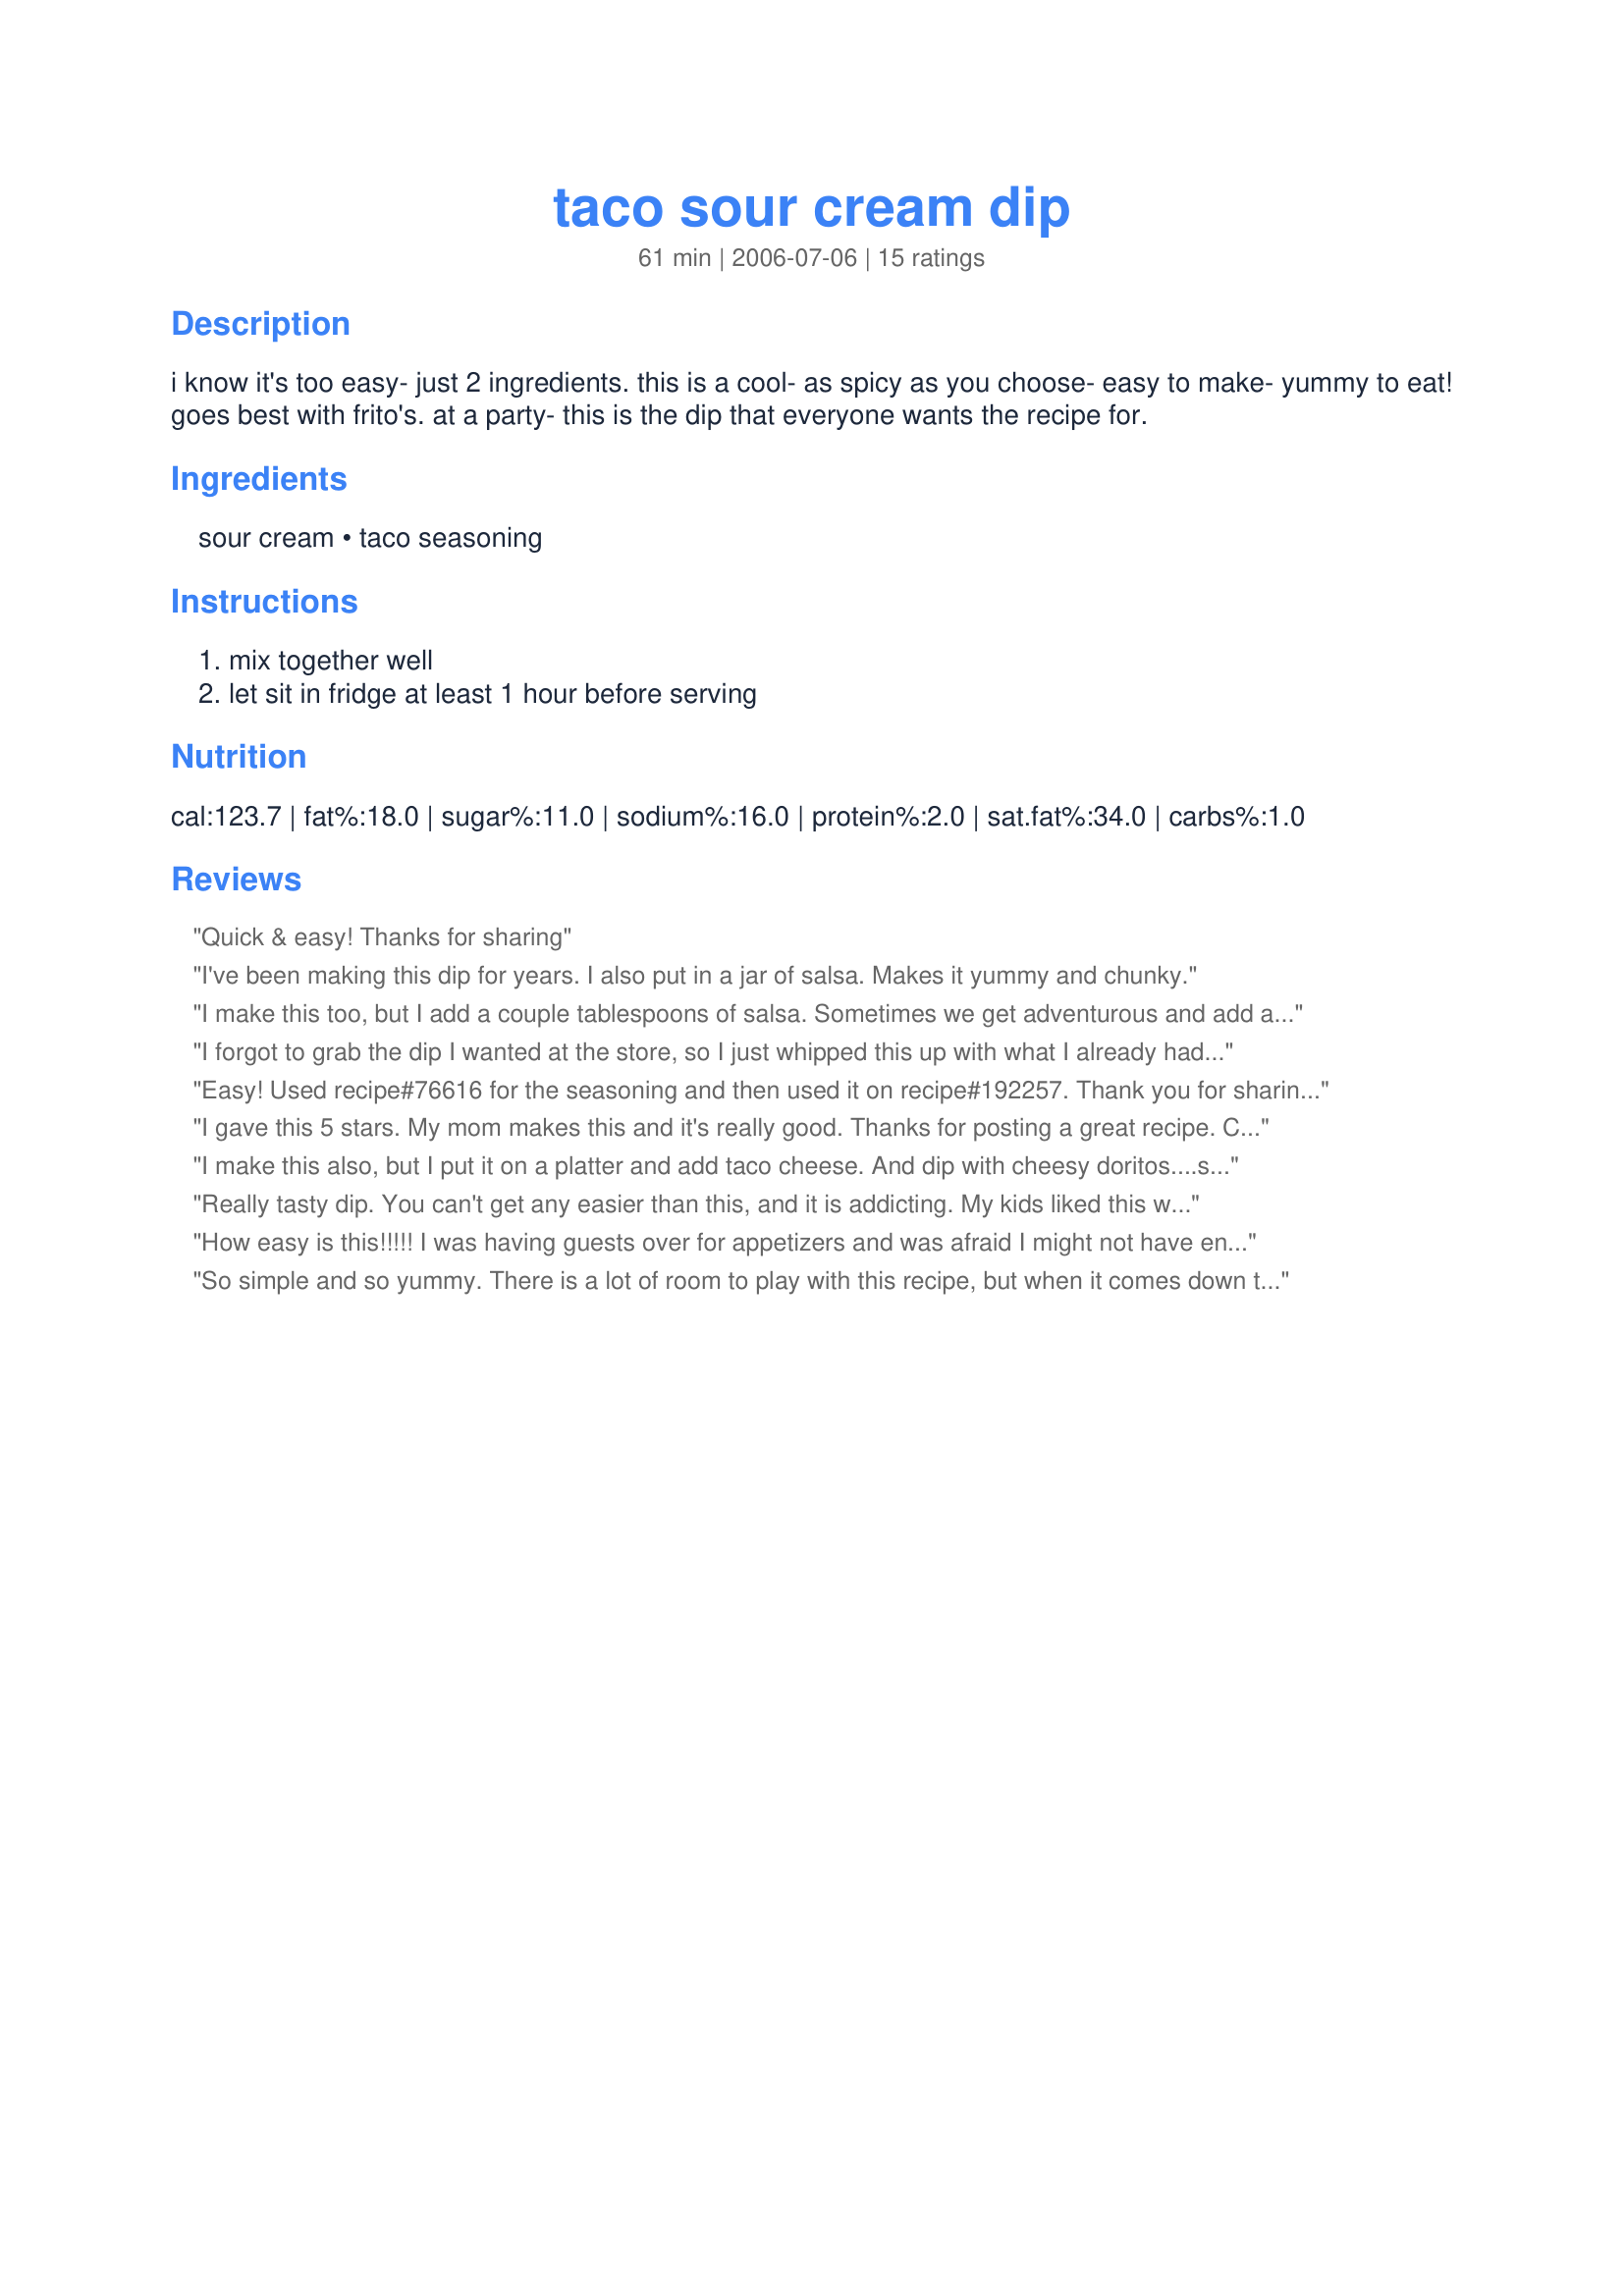
taco sour cream dip
Preparation time: 61 minutes

i know it's too easy- just 2 ingredients. this is a cool- as spicy as you choose- easy to make- yummy to eat! goes best with frito's. at a party- this is the dip that everyone wants the recipe for.

Ingredients:
sour cream, taco seasoning

Steps:
mix together well, let sit in fridge at least 1 hour before serving

Reviews:
Quick & easy! Thanks for sharing
I've been making this dip for years. I also put in a jar of salsa. Makes it yummy and chunky.
I make this too, but I add a couple tablespoons of salsa. Sometimes we get adventurous and add a tablespoon of refried beans and a couple pinches of shredded cheddar cheese. YUM. It's always a hit at our parties too!
I forgot to grab the dip I wanted at the store, so I just whipped this up with what I already had at home and it was GREAT. Had it with tortilla chips and can't wait to try it on tacos!!
Easy! Used recipe#76616 for the seasoning and then used it on recipe#192257. Thank you for sharing! Made this for Spring PAC 09.
I gave this 5 stars. My mom makes this and it's really good. Thanks for posting a great recipe. Christine (internetnut)
I make this also, but I put it on a platter and add taco cheese. And dip with cheesy doritos....so addicting and delicious
Really tasty dip. You can't get any easier than this, and it is addicting. My kids liked this with the Fritos and I liked this with Ruffles. It reminds me of a "Southwestern Ranch" vegetable dip that my grocer used to carry, but I haven't been able to find for a couple of years. I will definitely be making this again, it's just too easy not to! Thanks for sharing, didyb.
How easy is this!!!!! I was having guests over for appetizers and was afraid I might not have enough. So this definitely fit the bill since I already had sour cream and Taco seasoning on hand. Threw it together, and in a few hours my guests arrived. They loved it and were impressed how easy it was and that I threw it together a few hours earlier. Thanks for sharing this, didyb!!!!
So simple and so yummy. There is a lot of room to play with this recipe, but when it comes down to it, this holds up well on its own.
I love this on tacos! So yummy.
So easy and tasty!!! I actually ate it with turkey slices (I am doing the low carb thing) Delicious!!!!!
I know this dip! De-lish! My favorite is to use it as a base layer then add diced lettuce, tomato and shredded cheddar on top. It&#039;s a great cool summer dip. Also, I have made the dip and diced tomato and green chiles in it and use it on home made cheese fries, a cool alternative to ranch dressing.
Great easy no-fail recipe. It's been requested I bring it to practically every family gathering. I don't dare reveal how easy it is!
Excellent, easy, and inexpensive! This is a nice way to get the feeling of a 7-layer taco dip, without having to spend $20 on ingredients. I served this with Tostitos chips, but agree that it would be best with Fritos. Great tip! Thank you!
